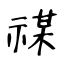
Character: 禖